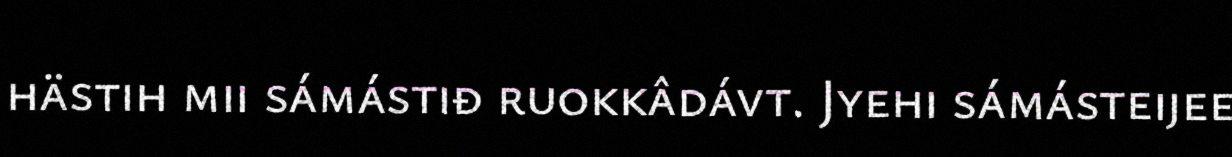
hästih mii sámástiđ ruokkâdávt. Jyehi sámásteijee